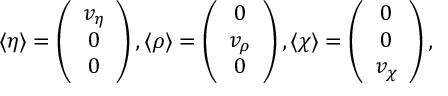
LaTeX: \langle \eta \rangle = \left( \begin{array} { c } { { v _ { \eta } } } \\ { { 0 } } \\ { { 0 } } \end{array} \right) , \langle \rho \rangle = \left( \begin{array} { c } { { 0 } } \\ { { v _ { \rho } } } \\ { { 0 } } \end{array} \right) , \langle \chi \rangle = \left( \begin{array} { c } { { 0 } } \\ { { 0 } } \\ { { v _ { \chi } } } \end{array} \right) ,